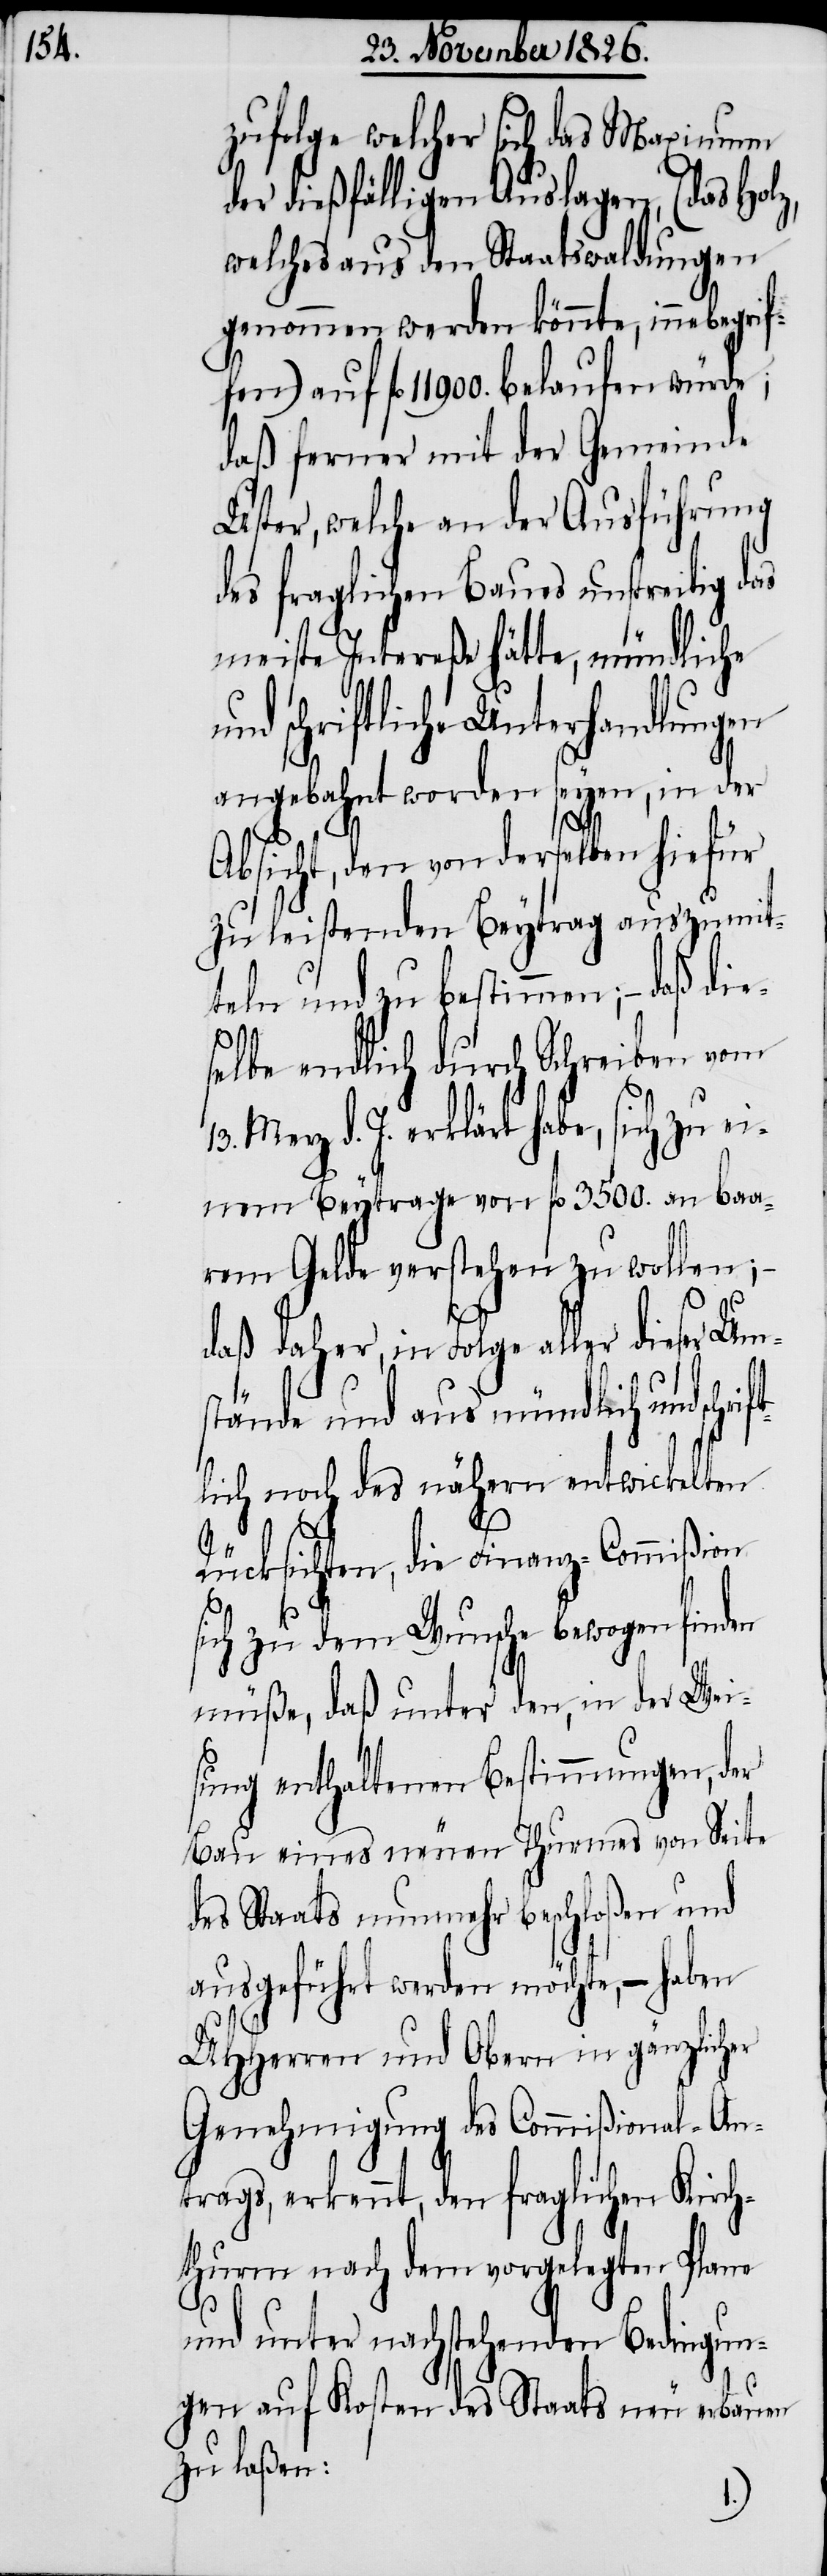
zufolge welcher sich das Maximum
der dießfälligen Auslagen, (das Holz,
welches aus den Staatswaldungen
genommen werden könnte, innebegrif¬
fl. 11 900. belaufen würde;
daß ferner mit der Gemeinde
Uster, welche an der Ausführung
des fraglichen Baues unstreitig das
meiste Intereße hätte, mündliche
nd schriftliche Unterhandlungen
angebahnt worden seyen, in der
Absicht, den von derselben hiefür
zu leistenden Beytrag auszumit¬
teln und zu bestimmen; – daß
selbe endlich durch Schreiben vom
Merz d. J. erklärt habe, sich zu
nem Beytrage von fl. 3500. an baa¬
rem Gelde verstehen zu wollen;
ift¬
daß daher, in Folge aller dieser Um¬
stände und aus mündlich und schr¬
lich noch des nähern entwickelten
Rücksichten, die Finanz-Commißion
sich zu dem Wunsche bewogen finden
müße, daß unter den, in der Wei¬
sung enthaltenen Bestimmungen, der
Bau eines neuen Thurmes von Seite
des Staats nunmehr beschloßen und
ausgeführt werden möchte, – haben
UHHerren und Obern in gänzlicher
Genehmigung des Commißional-An¬
trags, erkennt, den fraglichen Kirch¬
thurm nach dem vorgelegten Plane
und unter nachstehenden Bedingun¬
gen auf Kosten des Staats neu erbauen
zu laßen: